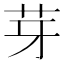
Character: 芽